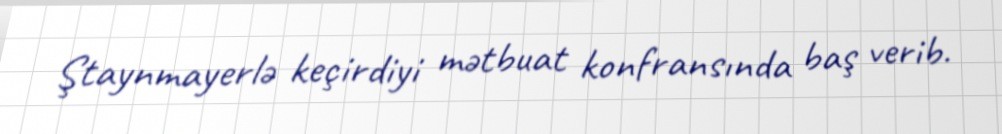
Ştaynmayerlə keçirdiyi mətbuat konfransında baş verib.